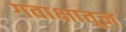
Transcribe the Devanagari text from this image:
गवाक्षातून